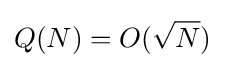
Q(N)=O({\sqrt {N}})